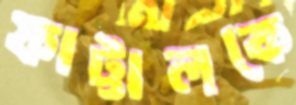
ফাট্টালকে